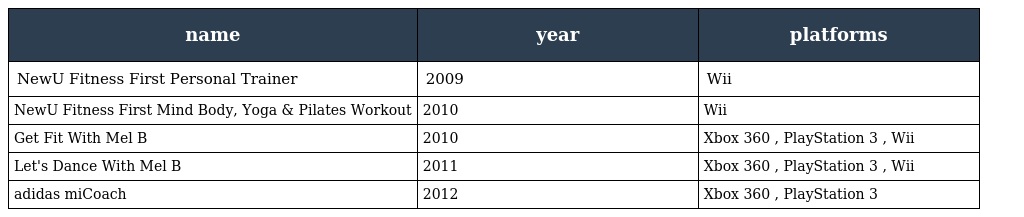
| name | year | platforms |
 | --- | --- | --- |
 | NewU Fitness First Personal Trainer | 2009 | Wii |
 | NewU Fitness First Mind Body, Yoga & Pilates Workout | 2010 | Wii |
 | Get Fit With Mel B | 2010 | Xbox 360 , PlayStation 3 , Wii |
 | Let's Dance With Mel B | 2011 | Xbox 360 , PlayStation 3 , Wii |
 | adidas miCoach | 2012 | Xbox 360 , PlayStation 3 |